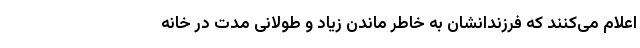
اعلام می‌کنند که فرزندانشان به خاطر ماندن زیاد و طولانی مدت در خانه